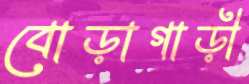
বোড়াগাড়ী